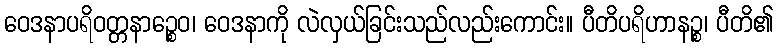
ဝေဒနာပရိဝတ္တနာဉ္စေဝ၊ ဝေဒနာကို လဲလှယ်ခြင်းသည်လည်းကောင်း။ ပီတိပရိဟာနဉ္စ၊ ပီတိ၏